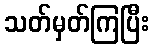
သတ်မှတ်ကြပြီး